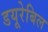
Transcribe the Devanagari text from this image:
डयूरेबिल